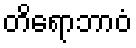
တိရောဘာဝံ